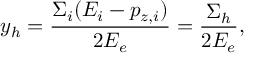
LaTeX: y _ { h } = { \frac { \Sigma _ { i } ( E _ { i } - p _ { z , i } ) } { 2 E _ { e } } } = { \frac { \Sigma _ { h } } { 2 E _ { e } } } ,